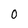
Character: O